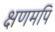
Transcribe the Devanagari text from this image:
क्षणमपि